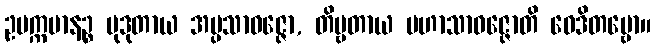
ဥပက္ကမာနဉ္စ မုဒုတာယ အပ္ပသာဝဇ္ဇော, တိဗ္ဗတာယ မဟာသာဝဇ္ဇောတိ ဝေဒိတဗ္ဗော။